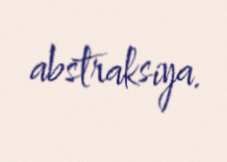
abstraksiya.